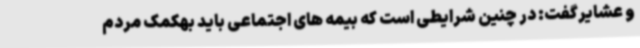
و عشایرگفت: در چنین شرایطی است که بیمه های اجتماعی باید بهکمک مردم